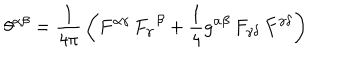
LaTeX: \theta ^ { \alpha \beta } = { \frac { 1 } { 4 \pi } } \left( F ^ { \alpha \gamma } \, F _ { \gamma } ^ { \, \ \beta } + { \frac { 1 } { 4 } } g ^ { \alpha \beta } \, F _ { \gamma \delta } \, F ^ { \gamma \delta } \right)